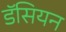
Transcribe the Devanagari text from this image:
डॅसियन